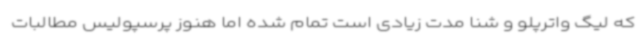
که لیگ واترپلو و شنا مدت زیادی است تمام شده اما هنوز پرسپولیس مطالبات